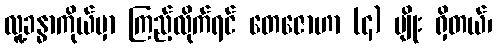
လူ့ခန္ဓာကိုယ်မှာ ကြည့်လိုက်ရင် တေဇောဟာ (၄) မျိုး ရှိတယ်၊